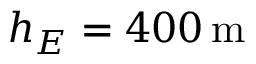
h _ { E } = 4 0 0 \, \mathrm { m }